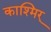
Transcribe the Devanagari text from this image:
काश्मिर्